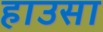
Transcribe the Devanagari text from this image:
हाउसा